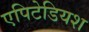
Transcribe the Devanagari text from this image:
एपिटेडियश